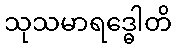
သုသမာရဒ္ဓေါတိ